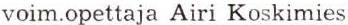
voim.opettaja Airi Koskimies